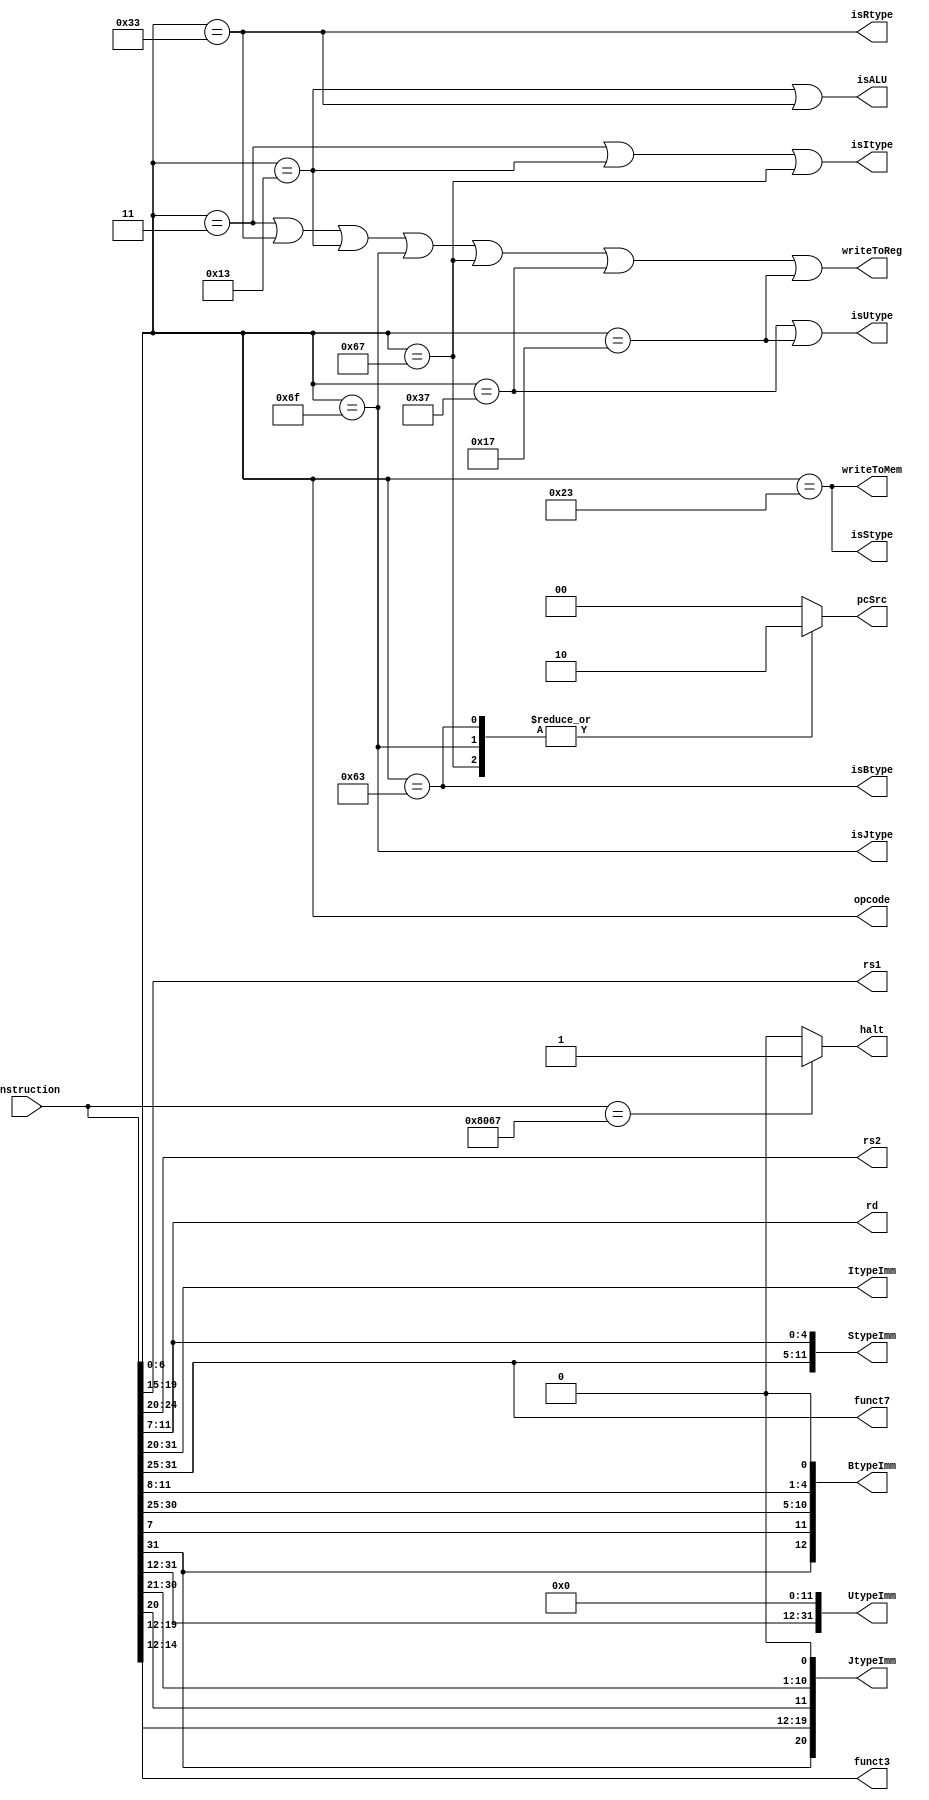
module Decoder (
	input wire[31:0] instruction,
	output wire[6:0] opcode,
	output wire[4:0] rs1,
	output wire[4:0] rs2,
	output wire[4:0] rd,
	output wire writeToReg,
	output wire writeToMem,
	output wire isRtype,
	output wire isItype,
	output wire isStype,
	output wire isBtype,
	output wire isUtype,
	output wire isJtype,
	output wire isALU,
	output wire[11:0] ItypeImm,
	output wire[11:0] StypeImm,
	output wire[12:0] BtypeImm,
	output wire[31:0] UtypeImm,
	output wire[20:0] JtypeImm,
	output wire[2:0] funct3,
	output wire[6:0] funct7,
	output wire halt,
	output wire [1:0] pcSrc
	);

	reg [1:0] pcSrc_r;
	assign pcSrc = pcSrc_r;

	assign opcode = instruction[6:0];

	assign rs1 = instruction[19:15];
	assign rs2 = instruction[24:20];
	// jump instructions must write to ra register
	//assign rd = (opcode == 7'b1100111 || opcode == 7'b1101111) ? 1 : instruction[11:7];
	assign rd = instruction[11:7];

	assign writeToReg = (opcode == 7'b0000011 | opcode == 7'b0110011 | opcode == 7'b0010011 | opcode == 7'b1101111 | opcode == 7'b1100111 | opcode == 7'b110111 | opcode == 7'b10111);

	assign writeToMem = (opcode == 7'b0100011);

	assign isRtype = (opcode == 7'b0110011);
	assign isItype = (opcode == 7'b0000011) | (opcode == 7'b0010011) | (opcode == 7'b1100111);
	assign isStype = (opcode == 7'b0100011);
	assign isBtype = (opcode == 7'b1100011);
	assign isUtype = (opcode == 7'b110111) | (opcode == 7'b10111);
	assign isJtype = (opcode == 7'b1101111);
	assign isALU = (opcode == 7'b0010011) | (opcode == 7'b0110011);

	assign ItypeImm = instruction[31:20];
	assign StypeImm = {instruction[31:25], instruction[11:7]};
	assign BtypeImm = {instruction[31], instruction[7], instruction[30:25], instruction[11:8], 1'b0};
	assign UtypeImm = {instruction[31:12], 12'b0};
	assign JtypeImm = {instruction[31], instruction[19:12], instruction[20], instruction[30:21], 1'b0};

	assign funct3 = instruction[14:12];
	assign funct7 = instruction[31:25];

	assign halt = (instruction == 32'h8067) ? 1 : 0;

	always @(*) begin
		case (opcode)

			// JAL 
			7'b1101111: begin
				pcSrc_r = 2'b10;
			end

			// JALR
			7'b1100111: begin
				pcSrc_r = 2'b10;
			end

			// Branch
			7'b1100011: begin
				pcSrc_r = 2'b10;
			end

			// all else
			default: begin
				pcSrc_r = 2'b00;
			end
		endcase
	end

endmodule //